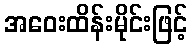
အဝေးထိန်းမိုင်းဖြင့်